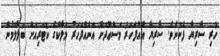
ހުރި ސާރިޔާ ފެނުނެވެ. ސާރިޔާ އެއްފަހަރު މަސްޢޫދަށް އަނެއްފަހަރު މަލާކްގެ ކޮޓަރިއަށް ބަލާލަމުން